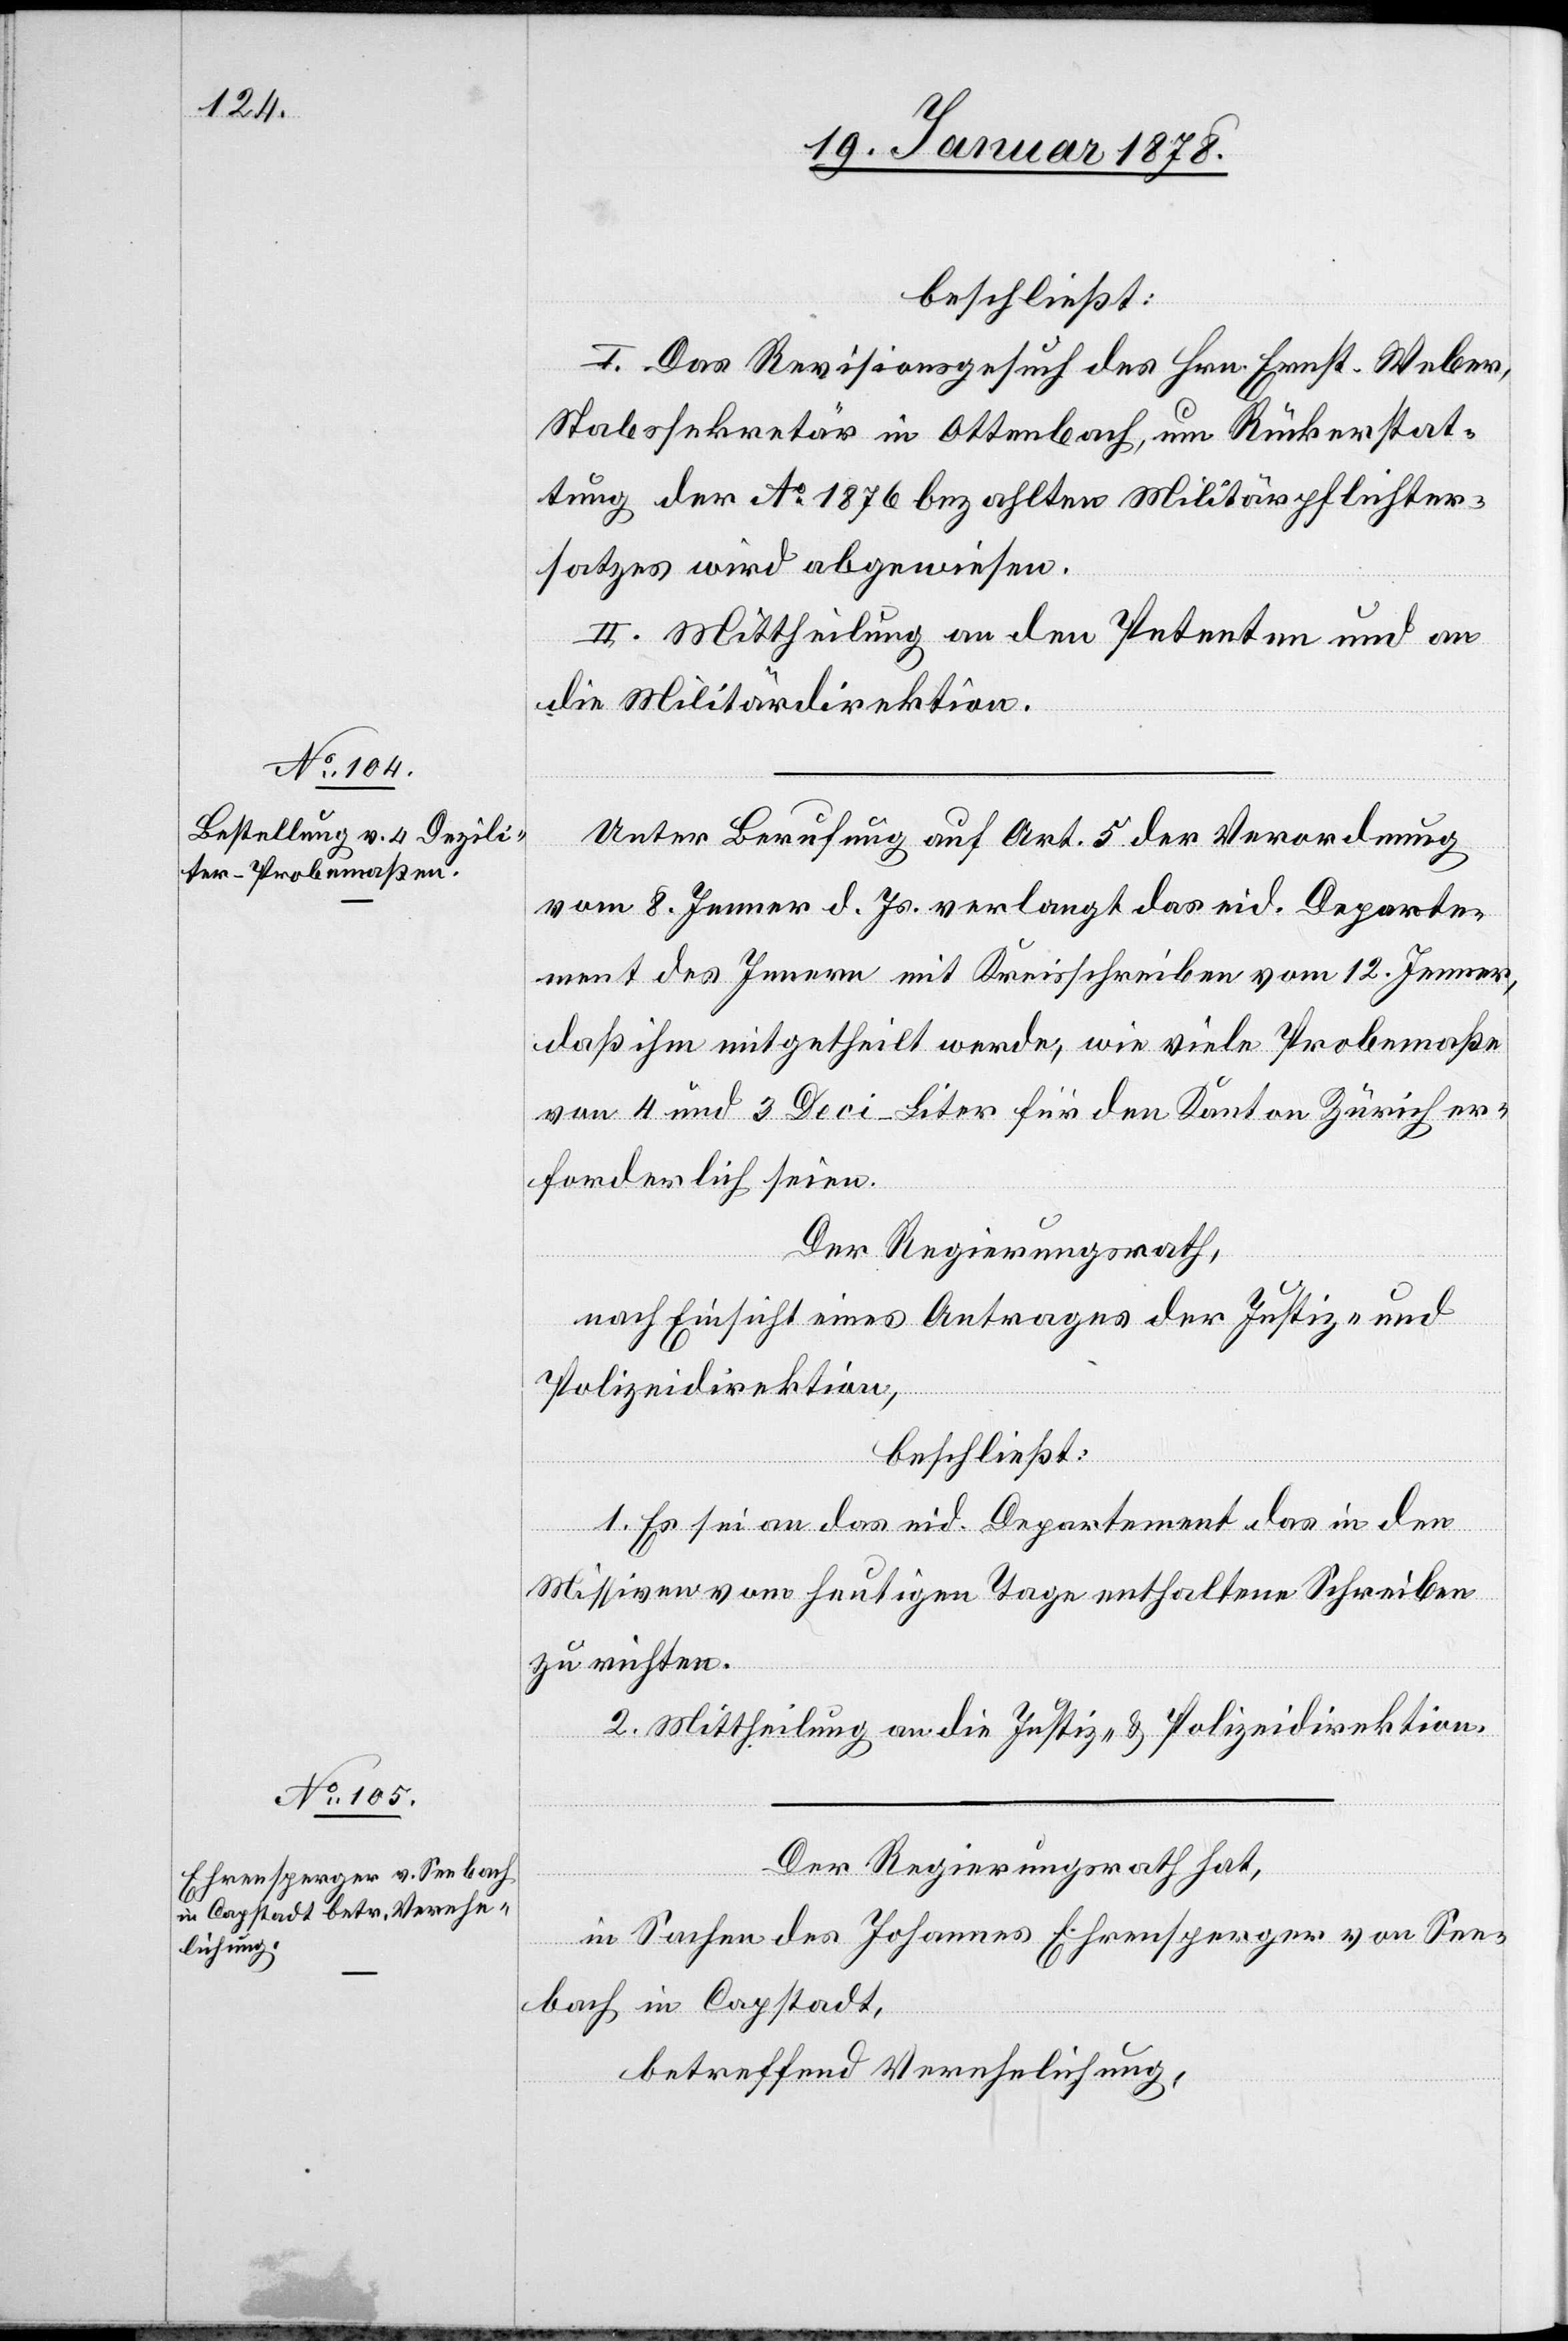
beschließt:
I. Das Revisionsgesuch des Hrn. Ernst-Weber,
Stabssekretär in Ottenbach, um Rückerstat¬
tung des Ao 1876 bezahlten Militärpflichter¬
satzes wird abgewiesen.
II. Mittheilung an den Petenten und an
die Militärdirektion.
Unter Berufung auf Art. 5 der Verordnung
vom 8. Jenner d. Js. verlangt das eid. Departe¬
ment des Innern mit Kreisschreiben vom 12. Jenner,
daß ihm mitgetheilt werde, wie viele Probermaße
von 4 und 3 Deci–Liter für den Kanton Zürich er¬
forderlich seien.
Der Regierungsrath,
nach Einsicht eines Antrages der Justiz- und
Polizeidirektion,
beschließt:
1. Es sei an das eid. Departement das in den
Missiven vom heutigen Tage enthaltene Schreiben
zu richten.
2. Mittheilung an die Justiz- & Polizeidirektion.
Der Regierungsrath hat,
in Sachen des Johannes Ehrensperger von See¬
bach in Capstadt,
betreffend Verehelichung,